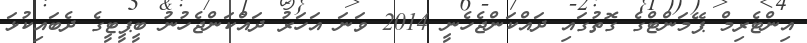
އިންޓެރިމް ޕޭމަންޓްގެ ގޮތުގައި ދައްކަންޖެހެނީ 2014 ވަނަ އަހަރު ދައްކަންޖެހުނު ބީޕީޓީގެ ދެބައިކުޅަ